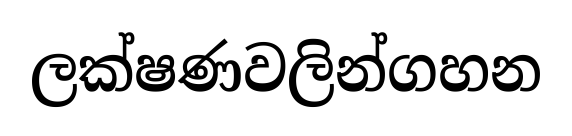
ලක්ෂණවලින්ගහන